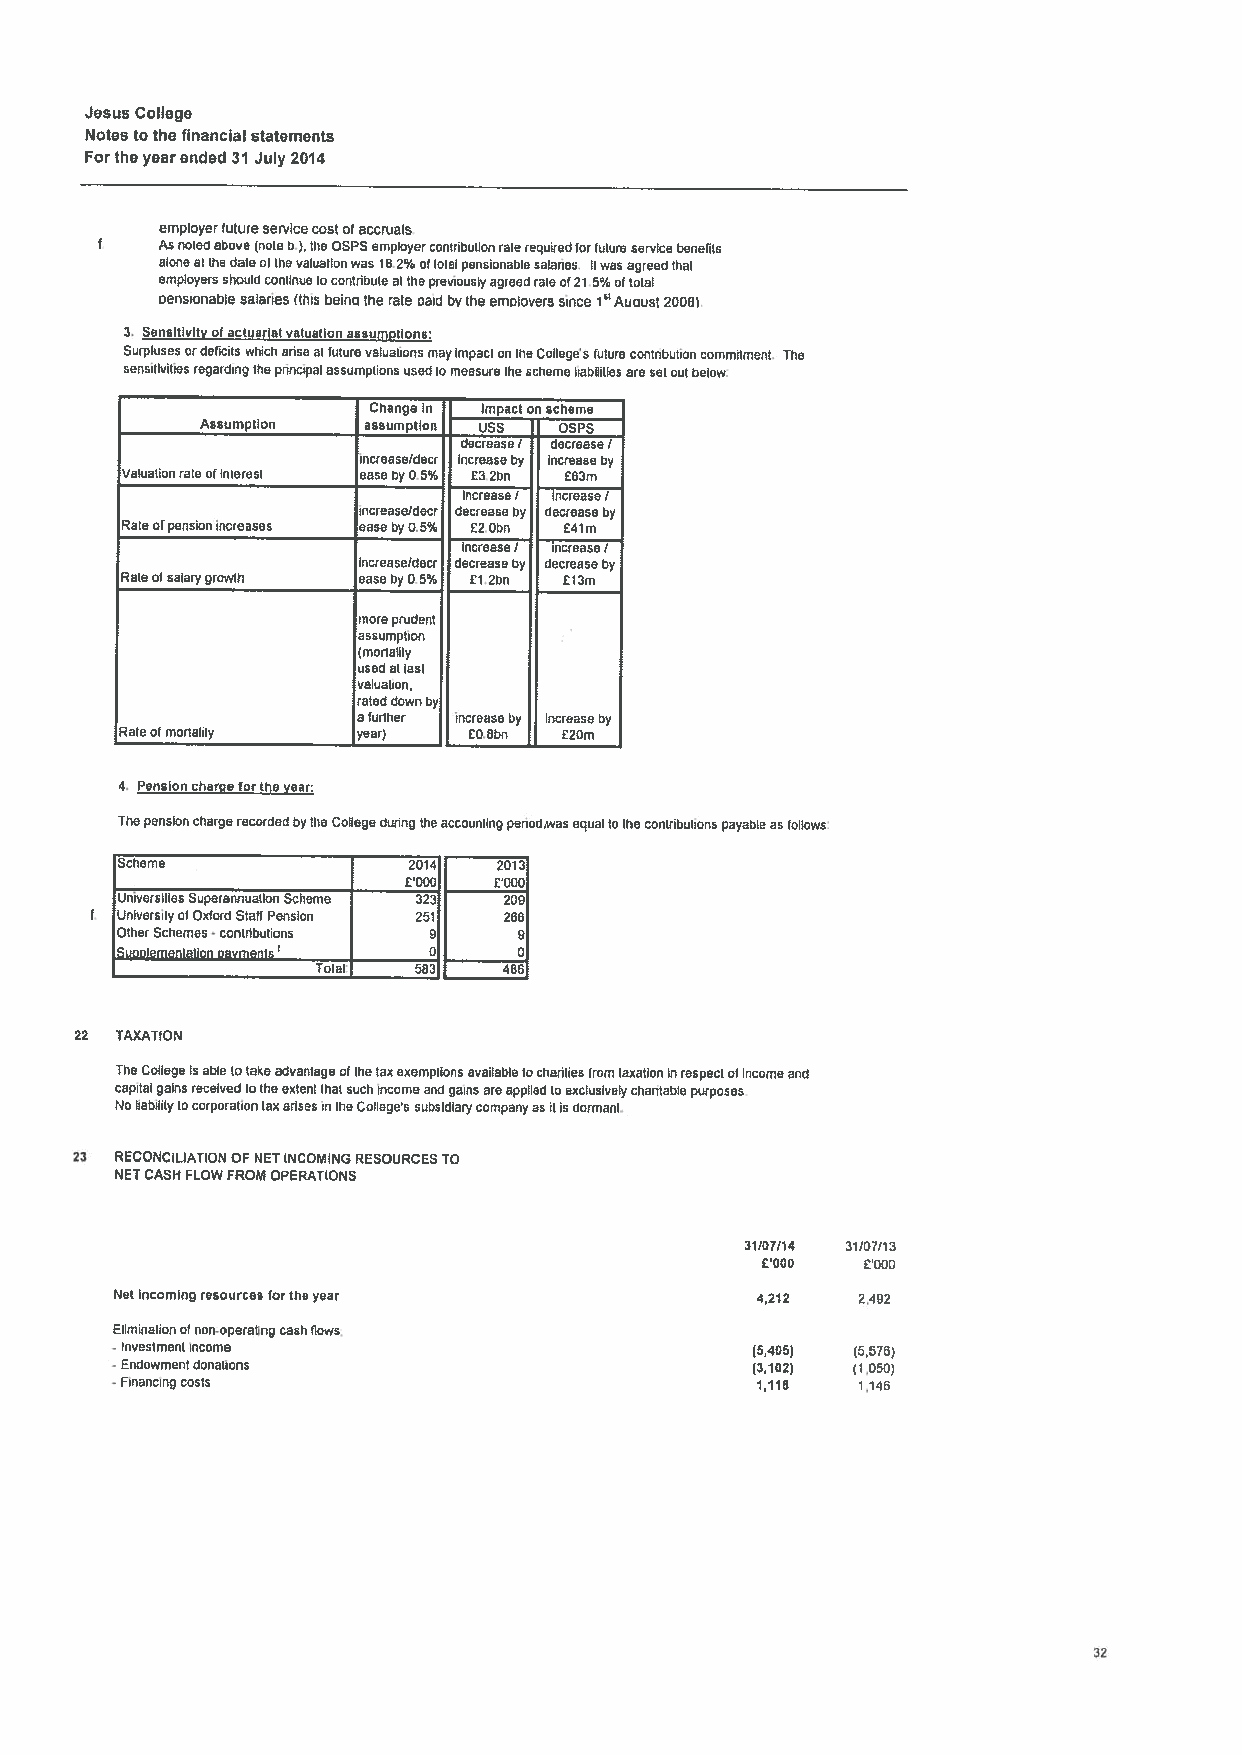
Jesus College
 NotestothefinancIalstatements
 Fortheyearended 31 July 2014
 employerfutureservicecostofaccruals
 f   Asnotedabove(noteb.),theOSPSemployercontributionraterequired forfutureservicebenefits
 aloneatthedateofthevaluationwas 182%ottotalpensionablesalaries. Itwasagreedthat
 employersshouldcontinuetocontributeatthepreviouslyagreedrate0121 5%oftotal
 nensionablesalaries(thisbeingthe rate gaidbytheemotoverssince1u Auous(2008).
 3. SensItivityofactuarialvaluationassumptions:
 SurplusesordeficitswhichariasatfuturevaluationsmayimpactontheCollegesfuturecontributioncommitment. The
 sensitivitiesregardingthepnncipatassumptionsusedtomeasuretheschemeliabilities aresetoutbelow.
 Changein Impactonscheme
 Assumption assumption uss OsPs
 decrease! decrease!
 increase/decr increaseby increaseby
 Valuationrate01interest easeby05% £32bn £63m
 increaseI IncreaseI
 increaseldecr decreaseby decreaseby
 Rateofpensionincreases easeby0.5% £2.Obn £4lrn
 IncreaseI increase
 increaseldecr decreaseby decreaseby
 Rateofsalarygrowth easeby0.5% £1 2bn £13m
 moreprudent
 assumption
 (mortality
 usedatlasl
 valuation,
 rateddownby
 afurther increaseby Increaseby
 Paleatmortality year)  £0.8bn E20m
 4. Pensionchargefortheyear:
 ThepensionchargerecordedbytheCollegeduringtheaccountingperiodwasequaltothecontributionspayableasfollows.
 Scheme             2014  2013
 £000  £000
 UniversitiesSuperannuation Scheme 323 200
 UniversityatOxfordStaffPension 251 268
 OthsrSchemes contrIbutions 9 9
 -
 ‘Suoolemenlationpayments 0 0
 Total  583  486
 22 TAXATION
 TheCollegeisabletotakeadvantageofthelaxexemptionsavailabletocharitiesfromtaxationinrespectofincomeand
 capitalgainsreceivedtotheextentthatsuchincomeandgainsareappliedtoexclusivelychuntabtepurposes
 NobabililytocorporationtaxarisesintheCollege’ssubsidiarycompanyasitisdormant.
 23 RECONCILIATIONOFNETINCOMINGRESOURCESTO
 NETCASHFLOWFROMOPERATIONS
 31107114 31107113
 £‘OOO  £000
 Netincomingresourcesfortheyear            4,212  2.4g2
 Eliminationatnon-operalingcashflows,
 -Investmentincome                          (5,406) (5,576)
 Endowmentdonations                        (3,102) (1,050)
 -Financingcosts                            1,118  1,146
 32